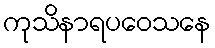
ကုသိနာရပဝေသနေ